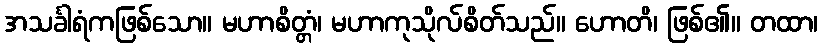
အသင်္ခါရံကဖြစ်သော။ မဟာစိတ္တံ၊ မဟာကုသိုလ်စိတ်သည်။ ဟောတိ၊ ဖြစ်၏။ တထာ၊